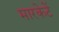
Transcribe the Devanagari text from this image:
मारकेटें